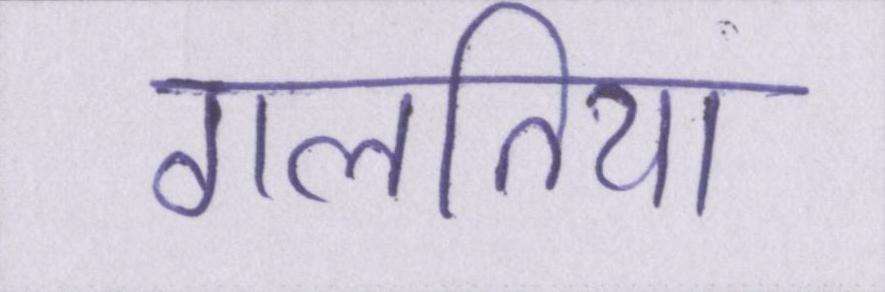
गलतिया